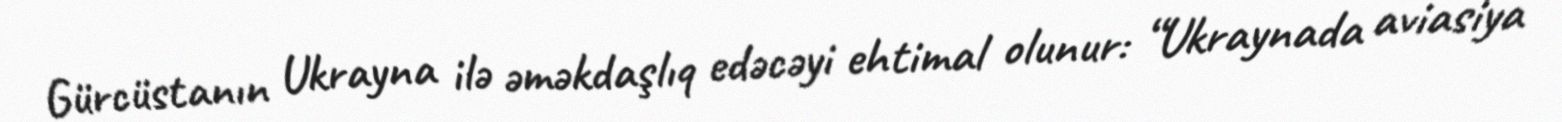
Gürcüstanın Ukrayna ilə əməkdaşlıq edəcəyi ehtimal olunur: “Ukraynada aviasiya